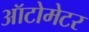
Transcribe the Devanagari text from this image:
ऑटोमेटर